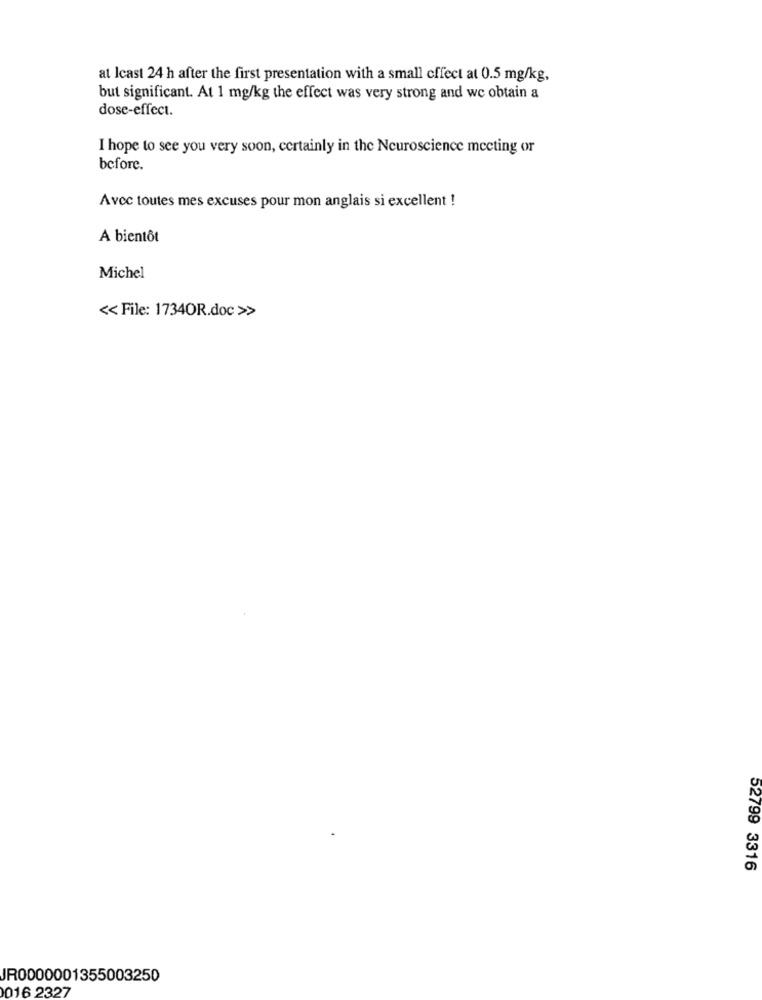
at Icast 24 h after the first presentation with a small cffect at 0.5 mg/kg,
but significant. At 1 mg/kg the effect was very strong and we obtain a
dose-effect.
I hope to see you very soon, certainly in the Neuroscience meeting or
before.
Avec toutes mes excuses pour mon anglais si excellent !
A bientôt
Michel
<< File: 17340R.doc >>
52799 3316
JR0000001355003250
016 2327